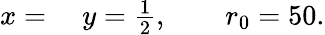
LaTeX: \begin{array}{rl}{x={}}&{{}y=\frac{1}{2},\qquad r_{0}=50.}\end{array}